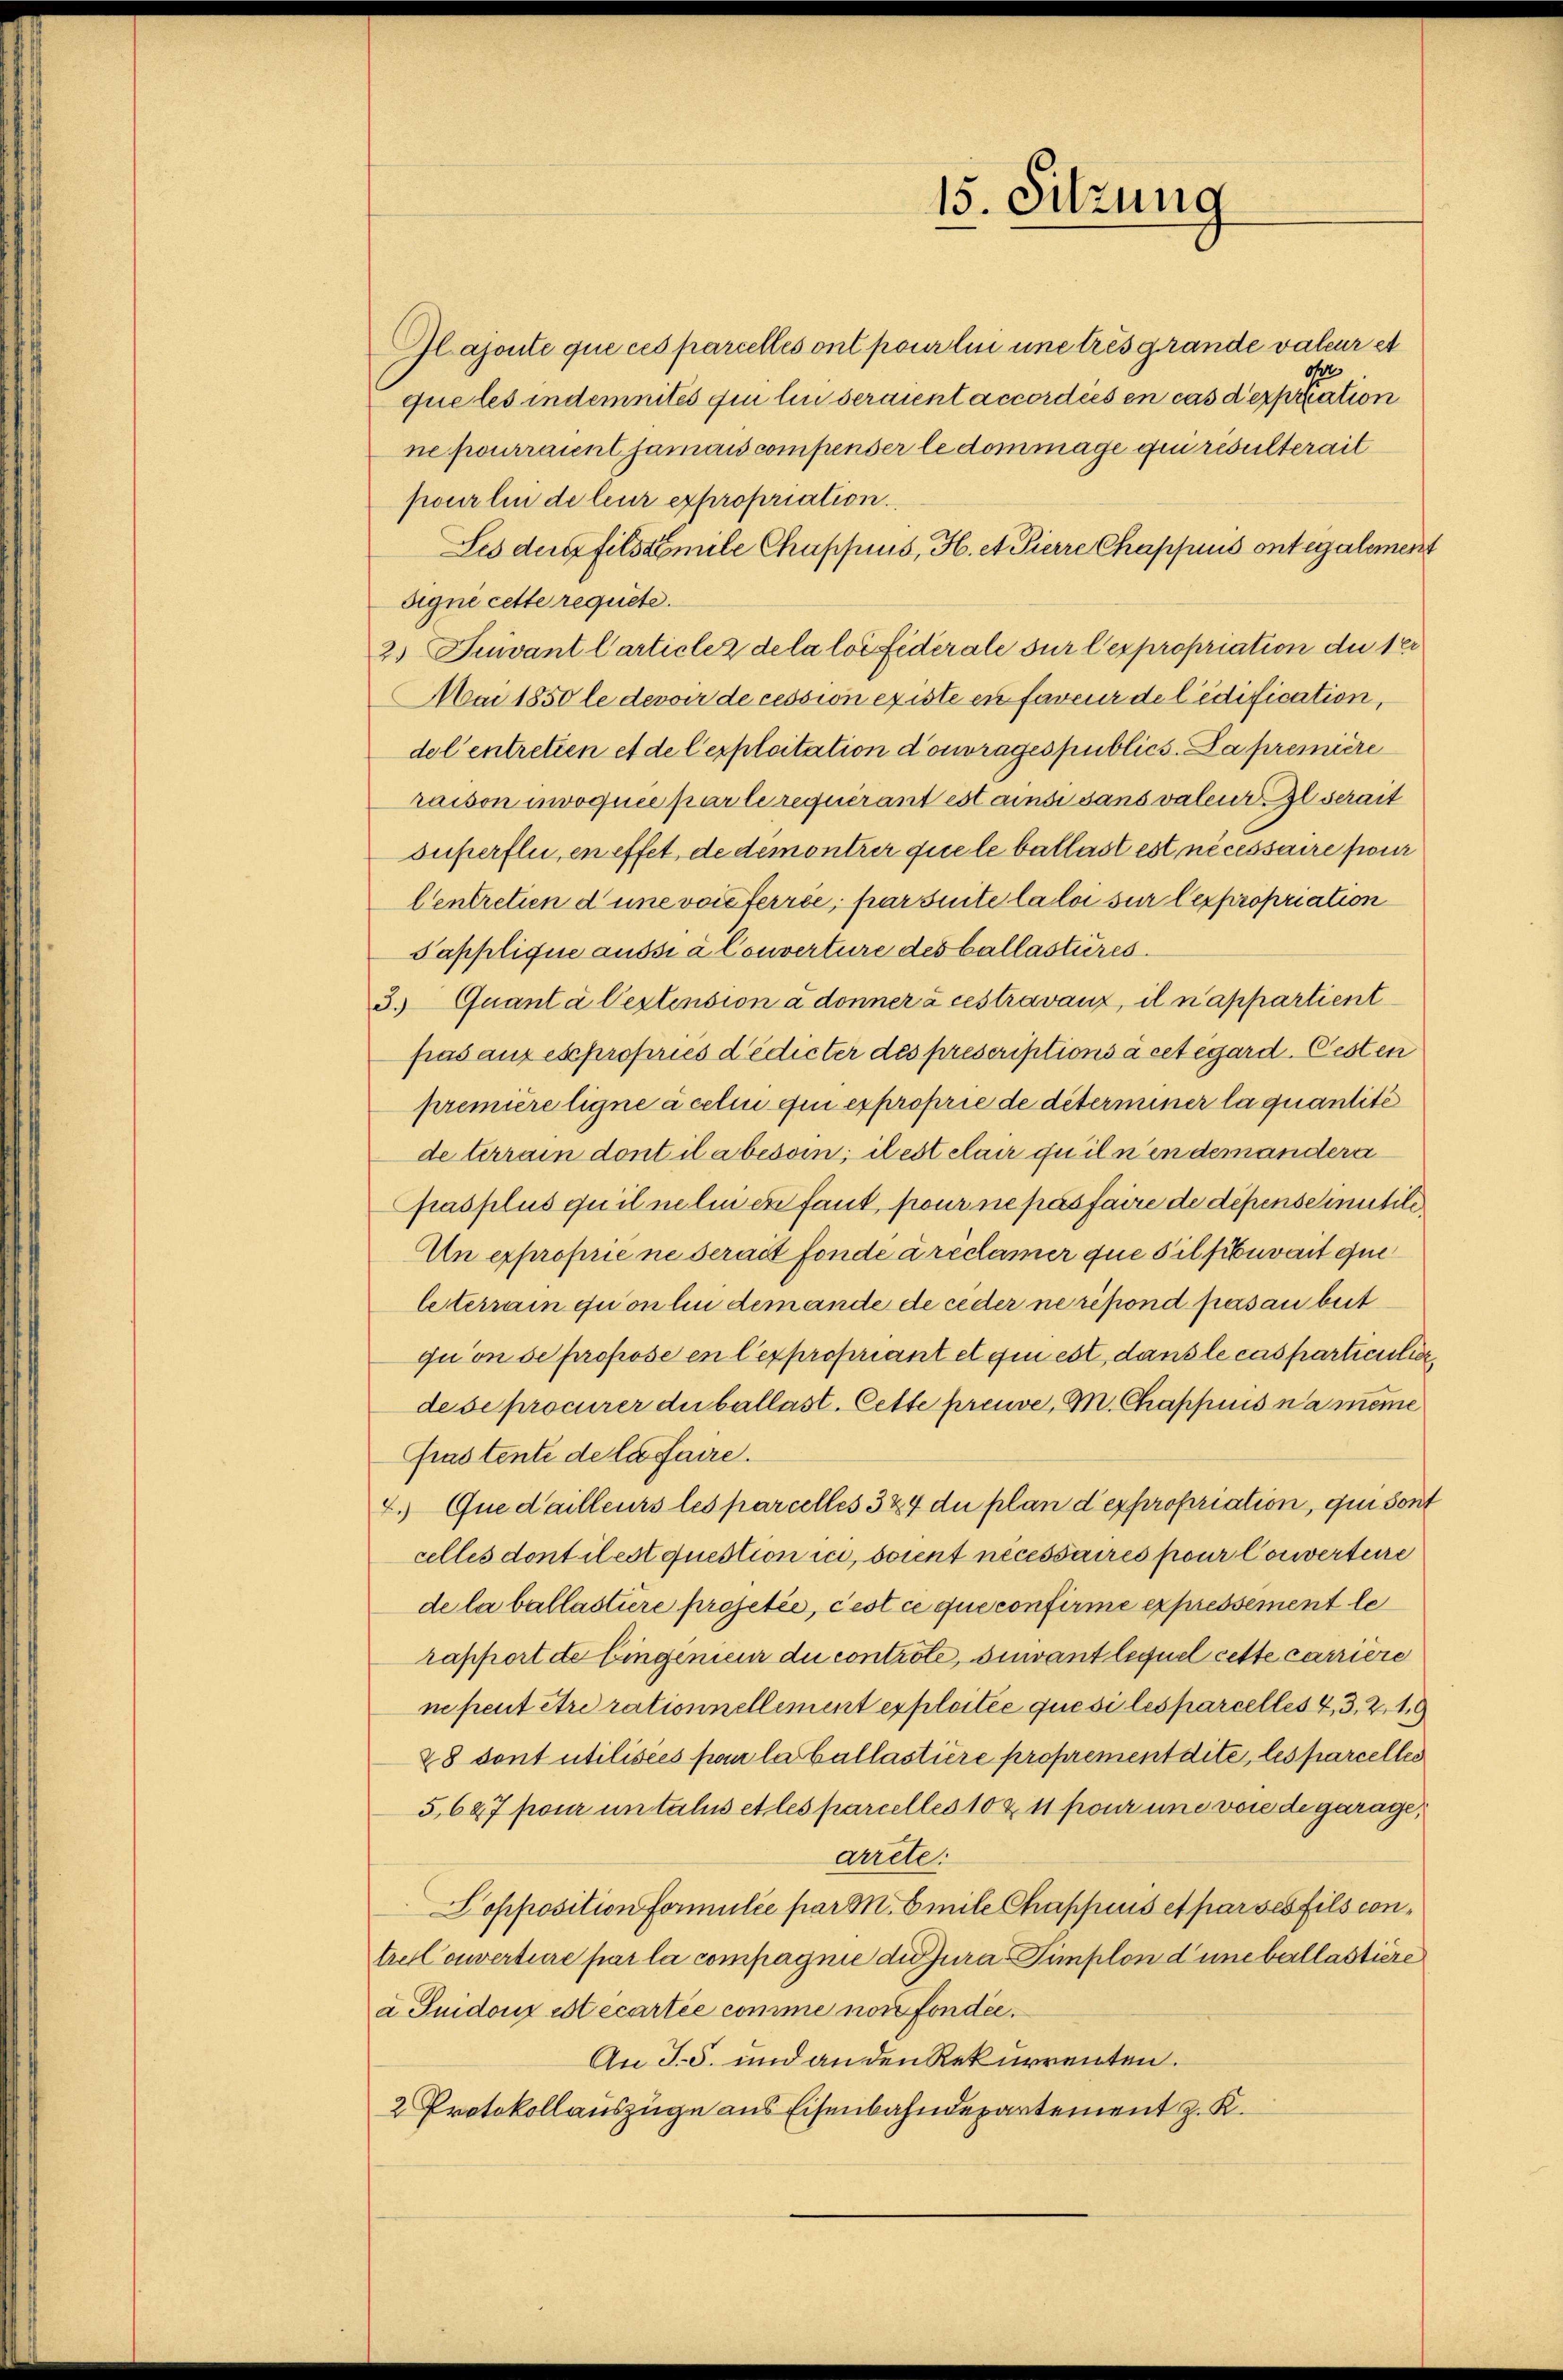
Glajonte que ces parcellés ont pour lui une tres grande valeur et
que les indemnités qui lui seraient accordées en cas derpration
ne pourraient jamais compenser le dommage qui resulterait
pour lin de leur expropriation.
Les der fils mile Chapfnus, H. et Pierre Chappuis ont également
Signe cette requiete.
2) Fuivant Carticlez de la loi fédérale sur lexpropriation du ter
Mai 1850 le devoir de cession existe en faveur de l’edification,
del entretten et de l’exploitation d’ouvrages publics. La première
raison invoquée par le requérant est ainsi sans valeur. Il serait
superflu, en effet de dementrer quele ballast est nécessaire pour
Centretien d une voie ferrée, par seite la loi sur lexpropriation
Tapplique aussi à Converture des ballasteres.
3. Quant à lestension à donner à ces travaux, il n’appartient
fras auf es propries dedicter des prescriptions à cet égard. Oesten
première ligne à celui qui exproprie de déterminer la quantité
deterrain dont il a besoin; il est clair quiln in demandera
Pasplus qu’il neli er faut, pour ne pas faire de dépensemnutili¬
An exproprie ne serait fondé à réclamer que Tilfibuvait que
leterrain qui on lui demande de ceder ne répond pas an beit
qu'on de propose en lexpropriant et qui est, dans le cas particulier,
dese procurer du ballast. Cette preuve, M. Chappiis na meine
Prastente de la faire.
2. Que d’ailleurs les parcelles 324 du plan d expropriation, qui sont
celles dont il est question ich, soient necessaires pour Converture
de la ballastiere projetée, cest ce que confirme expressement le
rapport de Eingenieur du controle, sinvant lequel cette carriere
ne peut être rationnellement exploitée quesi les parcelles 4, 3, 29
28 sont utilisées par la ballastiere proprement dite, les parcelles
5,627 pour untalis et les parcelles 10 & 11 pour une vore de garage,
arrete:
Sopposition formulée par M. Emile Chappuis et par ses fils contre Couverture par la compagnie die Jura Timplon d’une ballastiere
a Guidoux est écartée comme non fonder.
An J.5. und an den Rekurrenten.
2 Protokollauszüge aus Eisenbahndepartement z. K.

15. Sitzung

oher